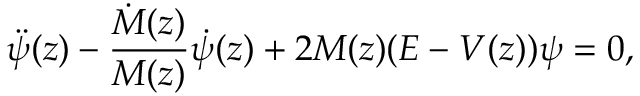
\ddot { \psi } ( z ) - \frac { \dot { M } ( z ) } { M ( z ) } \dot { \psi } ( z ) + 2 M ( z ) ( E - V ( z ) ) \psi = 0 ,